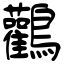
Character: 鸛